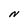
Character: N